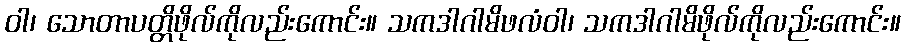
ဝါ၊ သောတာပတ္တိဖိုလ်ကိုလည်းကောင်း။ သကဒါဂါမိဖလံဝါ၊ သကဒါဂါမိဖိုလ်ကိုလည်းကောင်း။